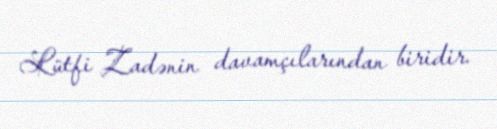
Lütfi Zadənin davamçılarından biridir.